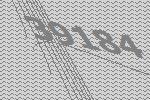
39184